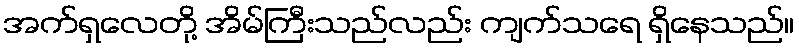
အက်ရှလေတို့ အိမ်ကြီးသည်လည်း ကျက်သရေ ရှိနေသည်။